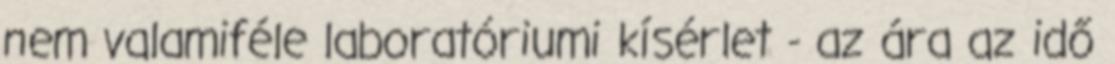
nem valamiféle laboratóriumi kísérlet - az ára az idő